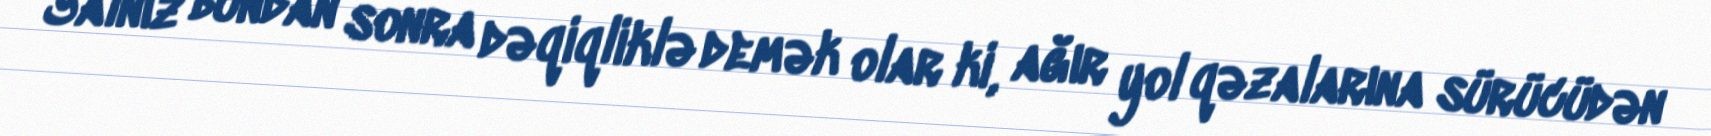
Yalnız bundan sonra dəqiqliklə demək olar ki, ağır yol qəzalarına sürücüdən